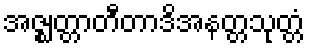
အဇ္ဈတ္တာတီတာဒိအနတ္တသုတ္တံ